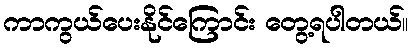
ကာကွယ်ပေးနိုင်ကြောင်း တွေ့ရပါတယ်။